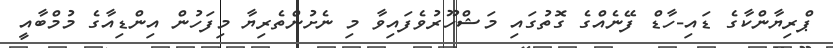
ޕްރިޔާންކާގެ ޑައި-ހާޑް ފޭނެއްގެ ގޮތުގައި މަޝްހޫރުވެފައިވާ މި ނެށުންތެރިޔާ މިފަހުން އިންޑިއާގެ މުމްބާއީ